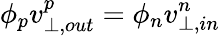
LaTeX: \phi_{p}v_{\perp,out}^{p}=\phi_{n}v_{\perp,in}^{n}